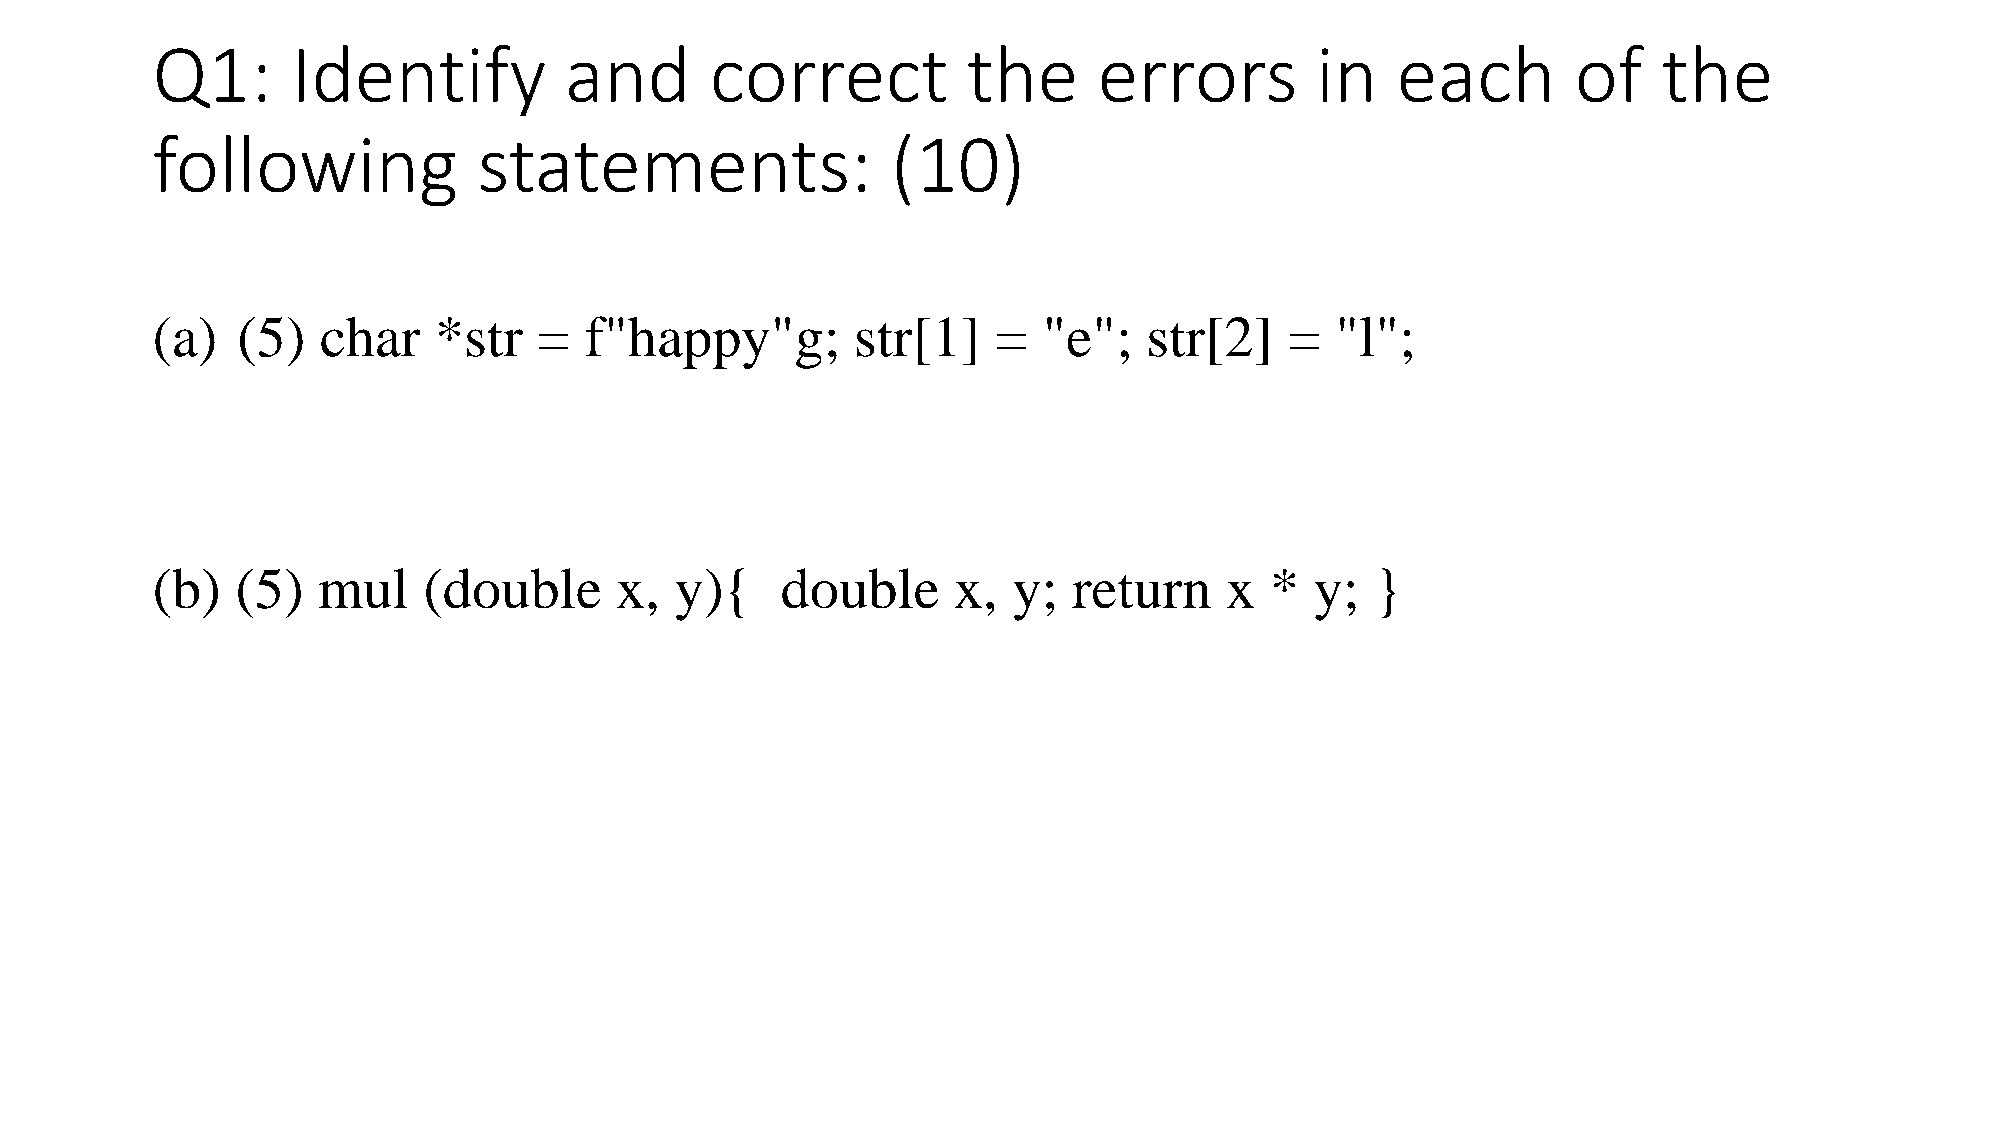
Q1:      Identify          and       correct          the      errors        in   each        of    the
 following             statements:                (10)
 (a)   (5)  char    *str   =  f"happy"g;        str[1]   =  "e";   str[2]   =  "l";
 (b)   (5)  mul    (double      x,  y){    double     x,  y;  return    x  *  y;  }